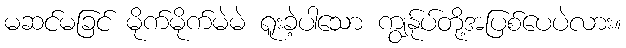
မဆင်မခြင် မိုက်မိုက်မဲမဲ ရူးခဲ့ပါသော ကျွန်ုပ်တို့အပြစ်ပေပဲလား။